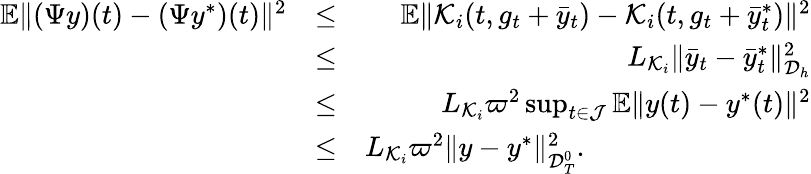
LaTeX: \begin{array}{rlr}{\mathbb{E}\| ({\Psi}y)(t)-(\Psi y^{*})(t)\| ^{2}}&{\leq}&{\mathbb{E}\| {\cal K}_{i}(t,g_{t}+\bar{y}_{t})-{\cal K}_{i}(t,g_{t}+\bar{y}_{t}^{*})\| ^{2}}\\ &{\leq}&{L_{{\cal K}_{i}}\| \bar{y}_{t}-\bar{y}_{t}^{*}\| _{{\cal D}_{h}}^{2}}\\ &{\leq}&{L_{{\cal K}_{i}}\varpi^{2}\operatorname*{sup}_{t\in{\cal J}}\mathbb{E}\| y(t)-y^{*}(t)\| ^{2}}\\ &{\leq}&{L_{{\cal K}_{i}}\varpi^{2}\| y-y^{*}\| _{{\cal D}_{T}^{0}}^{2}.\qquad\qquad\qquad\qquad}\end{array}